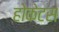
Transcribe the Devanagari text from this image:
होकेटस